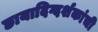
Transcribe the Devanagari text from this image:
छायादिग्दर्शकांची